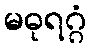
မဓုရဂ္ဂံ